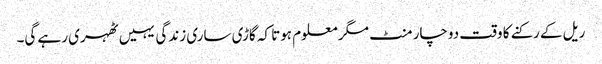
ریل کے رکنے کا وقت دوچار منٹ مگر معلوم ہوتا کہ گاڑی ساری زندگی یہیں ٹھہری رہے گی۔